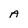
Character: A